King Institute of Preventive Medicine Micro-Biological Section reports 1912-19
Year: 1912
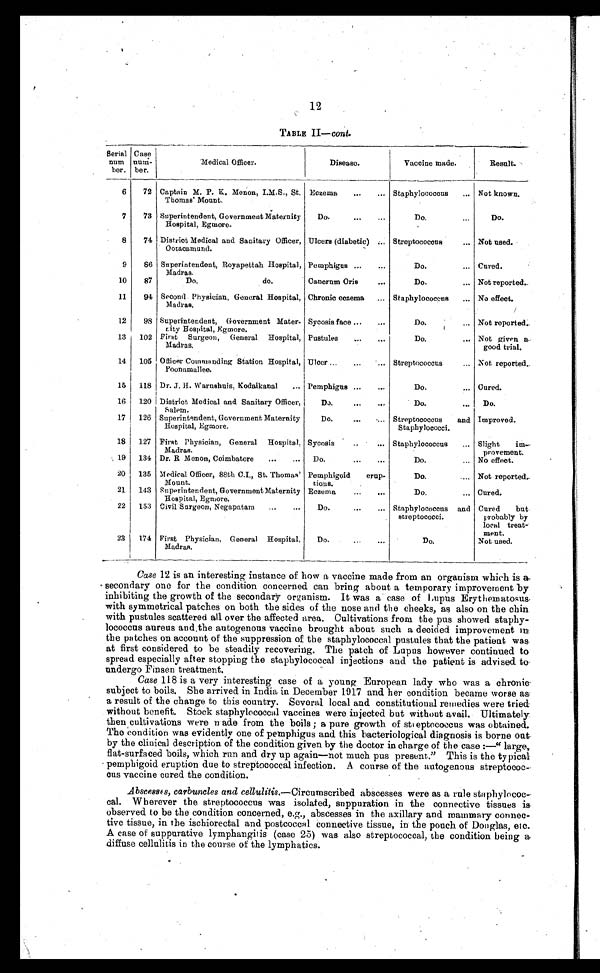
12
TABLE II— Cont.
Serial
num
her.
Case
num-
ber.
Medical Officer.
Disease.
Vaccine made.
Result.
6
72 Captain M. P. K. Menon, I.M.S., St.
Thomas' Mount.
Eczema . . . Staphylococcus . . . Not known.
7
73 Superintendent, Government Maternity
Hospital, Egmore.
Do. . . .
Do. . . .
Do.
8
74 District Medical and Sanitary Officer,
Ootacamund.
Ulcers (diabetic) . . . Streptococcus . . . Not used.
9
86 Superintendent, Royapettah Hospital,
Madras.
Pemphigus . . .
Do. . . . Cured.
10
87
Do. do.
Cancrum Oris . . .
Do. . . . Not reported.
11
94 Second Physician, General Hospital,
Madras.
Chronic eczema . . . Staphylococcus . . . No effect.
12
98 Superintendent, Government Mater-
nity Hospital, Egmore.
Sycosis face . . .
Do. . . . Not reported.
13
102 First Surgeon, General Hospital,
Madras.
Pustules . . .
Do. . . . Not given a
good trial.
14
105 Officer Commanding Station Hospital,
Poonamallee.
Ulcer . . . Streptococcus . . . Not reported.
15
118 Dr. J. H. Warnshuis, Kodaikanal . . . Pemphigus . . .
Do. . . . Cured.
16
120 District Medical and Sanitary Officer,
Salem.
Do. . . .
Do. . . .
Do.
17
126 Superintendent, Government Maternity
Hospital, Egmore.
Do. . . . Streptococcus and
Staphylococci.
Improved.
18
127 First Physician, General Hospital,
Madras.
Sycosis . . . Staphylococcus . . . Slight im-
provement.
19
134 Dr. R Menon, Coimbatore . . .
Do. . . .
Do. . . . No effect.
20
135 Medical Officer, 88th C.I., St. Thomas'
Mount.
Pemphigoid erup-
tions.
Do. . . . Not reported.
21
143 Superintendent, Government Maternity
Hospital, Egmore.
Eczema . . .
Do. . . . Cured.
22
153 Civil Surgeon, Negapatam . . .
Do. . . . Staphylococcus and
streptococci.
Cured but
probably by
local treat-
ment.
23
174 First Physician, General Hospital,
Madras.
Do. . . .
Do.
Not used.
Case 12 is an interesting instance of how a vaccine made from an organism which is a
secondary one for the condition concerned can bring about a temporary improvement by
inhibiting the growth of the secondary organism. It was a case of Lupus Erythematosus
with symmetrical patches on both the sides of the nose and the cheeks, as also on the chin
with pustules scattered all over the affected area. Cultivations from the pus showed staphy
-
lococcus aureus and the autogenous vaccine brought about such a decided improvement in
the patches on account of the suppression of the staphylococcal pustules that the patient was
at first considered to be steadily recovering. The patch of Lupus however continued to
spread especially after stopping the staphylococcal injections and the patient is advised to
undergo Finsen treatment.
Case 118 is a very interesting case of a young European lady who was a chronic
subject to boils. She arrived in India in December 1917 and her condition became worse as
a result of the change to this country. Several local and constitutional remedies were tried
without benefit. Stock staphylococcal vaccines were injected but without avail. Ultimately
then cultivations were made from the boils ; a pure growth of streptpcoccus was obtained.
The condition was evidently one of pemphigus and this bacteriological diagnosis is borne out
by the clinical description of the condition given by the doctor in charge of the case :—" large,
flat-surfaced boils, which run and dry up again—not much pus present." This is the typical
pemphigoid eruption due to streptococcal infection. A course of the autogenous streptococ-
cus vaccine cured the condition.
Abscesses, carbuncles and cellulitis .—Circumscribed abscesses were as a rule staphylococ-
cal. Wherever the streptococcus was isolated, suppuration in the connective tissues is
observed to be the condition concerned, e.g., abscesses in the axillary and mammary
c o n n e c - t i v e t i s s u e , i n t h e i s c h i o r e c t a l a n d p o s t c o c c a l c o n n e c t i v e t i s s u e , i n t h e p o u c h o f D o u g l a s ,
e t c
.
A case of suppurative lymphangitis (case 25) was also streptococcal, the condition being a
diffuse cellulitis in the course of the lymphatics.